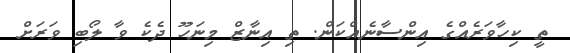
ތީ ކިހާވަރެއްގެ އިންސާނެއްކަން. ތި އިނާޒް މިނަހޫ ދެކެ ވާ ލޯބި ވަރަށް